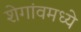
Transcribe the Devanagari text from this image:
शेगांवमध्ये